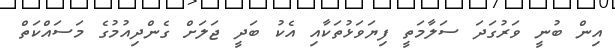
އިން ބުނީ ވަރުގަދަ ސަލާމަތީ ފިޔަވަޅުތަކާއި އެކު ބަދީ ޖަލަށް ގެންދިއުމުގެ މަސައްކަތް